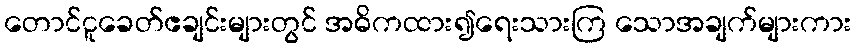
တောင်ငူခေတ်ဧချင်းများတွင် အဓိကထား၍ရေးသားကြ သောအချက်များကား